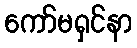
ကော်မရှင်နာ